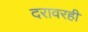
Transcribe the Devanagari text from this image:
दरावरही